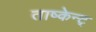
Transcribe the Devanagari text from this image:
ताष्केन्ट्